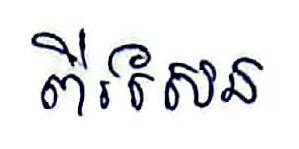
ពីរសែន